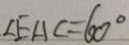
\angle E A C = 6 0 ^ { \circ }